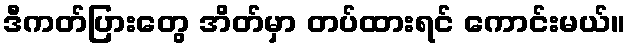
ဒီကတ်ပြားတွေ အိတ်မှာ တပ်ထားရင် ကောင်းမယ်။